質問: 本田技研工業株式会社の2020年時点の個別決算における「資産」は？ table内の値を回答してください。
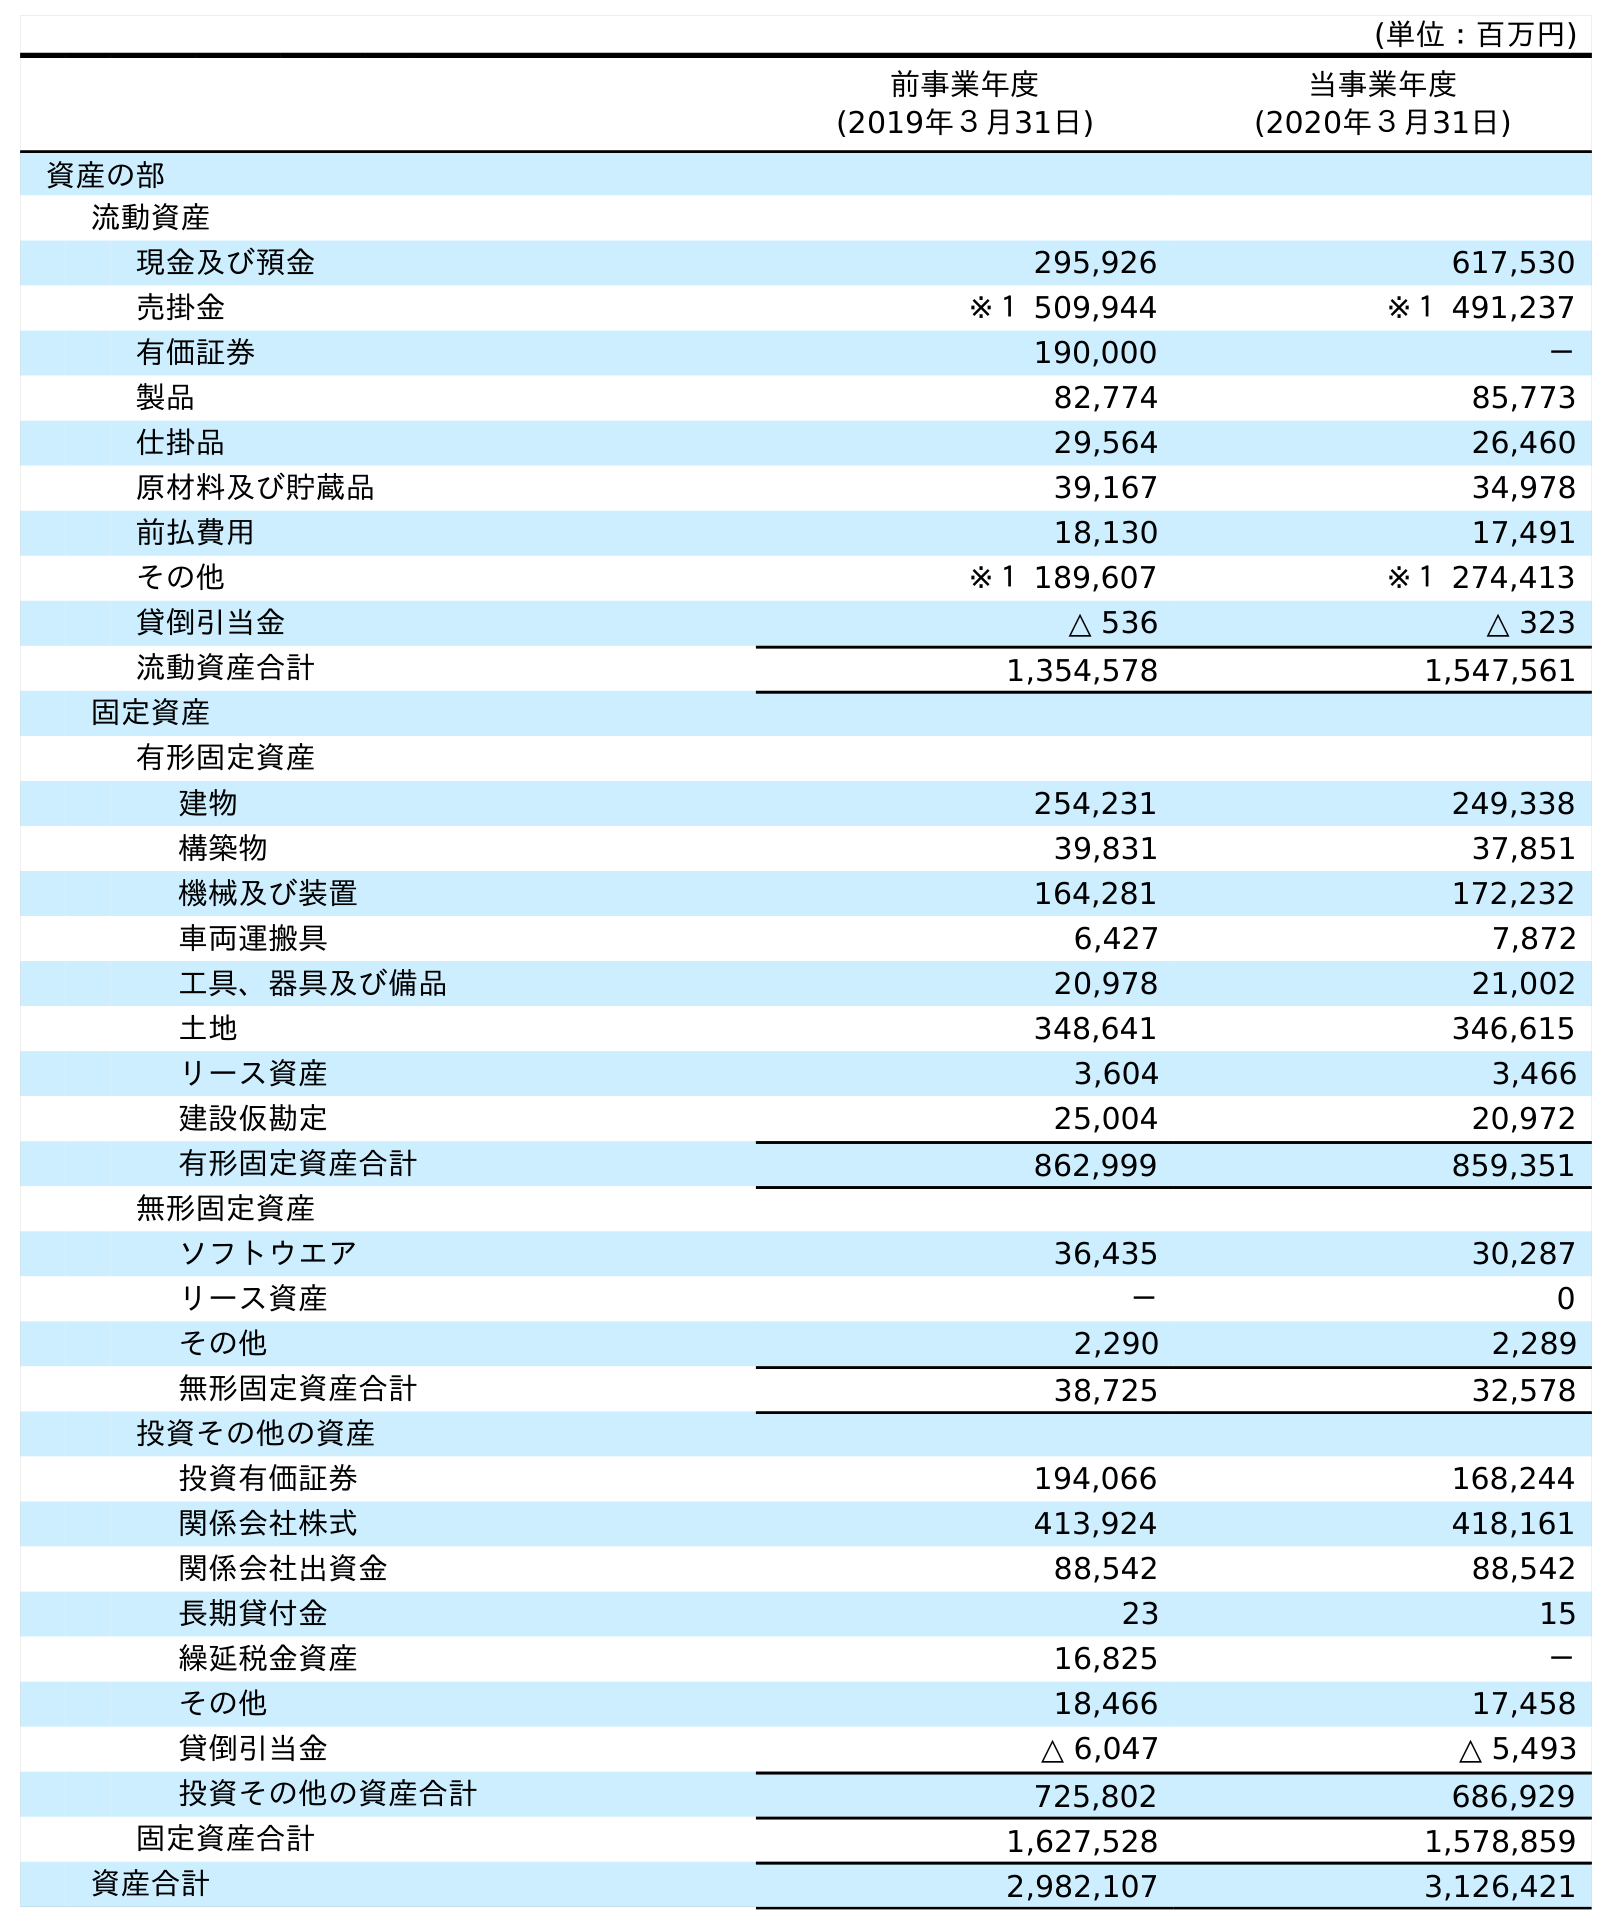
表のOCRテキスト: (単位：百万円) 前事業年度 (2019年３月31日) 当事業年度 (2020年３月31日) 資産の部 流動資産 現金及び預金 295,926 617,530 売掛金 ※１ 509,944 ※１ 491,237 有価証券 190,000 － 製品 82,774 85,773 仕掛品 29,564 26,460 原材料及び貯蔵品 39,167 34,978 前払費用 18,130 17,491 その他 ※１ 189,607 ※１ 274,413 貸倒引当金 △ 536 △ 323 流動資産合計 1,354,578 1,547,561 固定資産 有形固定資産 建物 254,231 249,338 構築物 39,831 37,851 機械及び装置 164,281 172,232 車両運搬具 6,427 7,872 工具、器具及び備品 20,978 21,002 土地 348,641 346,615 リース資産 3,604 3,466 建設仮勘定 25,004 20,972 有形固定資産合計 862,999 859,351 無形固定資産 ソフトウエア 36,435 30,287 リース資産 － 0 その他 2,290 2,289 無形固定資産合計 38,725 32,578 投資その他の資産 投資有価証券 194,066 168,244 関係会社株式 413,924 418,161 関係会社出資金 88,542 88,542 長期貸付金 23 15 繰延税金資産 16,825 － その他 18,466 17,458 貸倒引当金 △ 6,047 △ 5,493 投資その他の資産合計 725,802 686,929 固定資産合計 1,627,528 1,578,859 資産合計 2,982,107 3,126,421
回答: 3,126,421